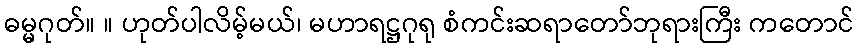
ဓမ္မဂုတ်။ ။ ဟုတ်ပါလိမ့်မယ်၊ မဟာရဋ္ဌဂုရု စံကင်းဆရာတော်ဘုရားကြီး ကတောင်